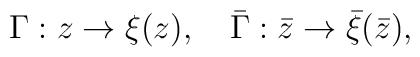
\Gamma : z \rightarrow \xi(z), \quad \bar\Gamma: \bar{z} \rightarrow\bar{\xi}(\bar{z}),